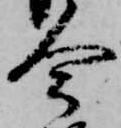
今